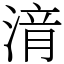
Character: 湇